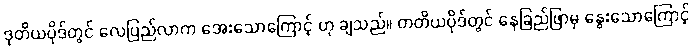
ဒုတိယပိုဒ်တွင် လေပြည်လာက အေးသောကြောင့် ဟု ချသည်။ တတိယပိုဒ်တွင် နေခြည်ဖြာမှ နွေးသောကြောင့်